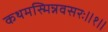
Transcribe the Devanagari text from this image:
कथमस्मिन्नवसरः॥१॥